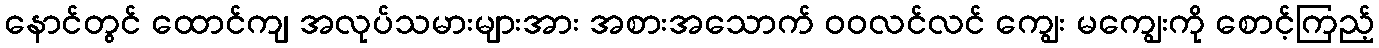
နောင်တွင် ထောင်ကျ အလုပ်သမားများအား အစားအသောက် ဝဝလင်လင် ကျွေး မကျွေးကို စောင့်ကြည့်